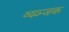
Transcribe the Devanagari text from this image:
व्यञ्जक